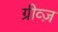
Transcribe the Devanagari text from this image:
ग्रीव्ज़